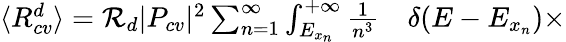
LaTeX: \begin{array}{rl}{\langle R_{cv}^{d}\rangle=\mathcal{R}_{d}|P_{cv}|^{2}\sum_{n=1}^{\infty}\int_{E_{x_{n}}}^{+\infty}\frac{1}{n^{3}}}&{{}\delta(E-E_{x_{n}})\times}\end{array}